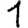
Digit: 1